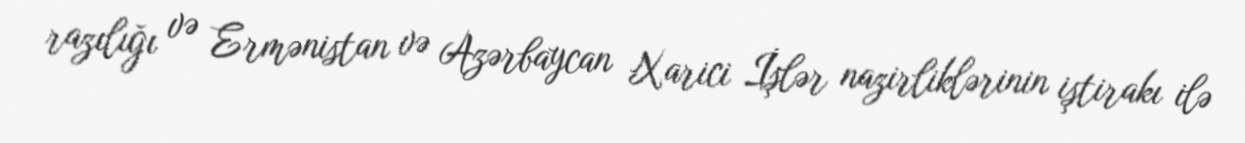
razılığı və Ermənistan və Azərbaycan Xarici İşlər nazirliklərinin iştirakı ilə